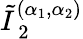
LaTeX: \tilde{I}_{\mathrm{~2~}}^{(\alpha_{1},\alpha_{2})}